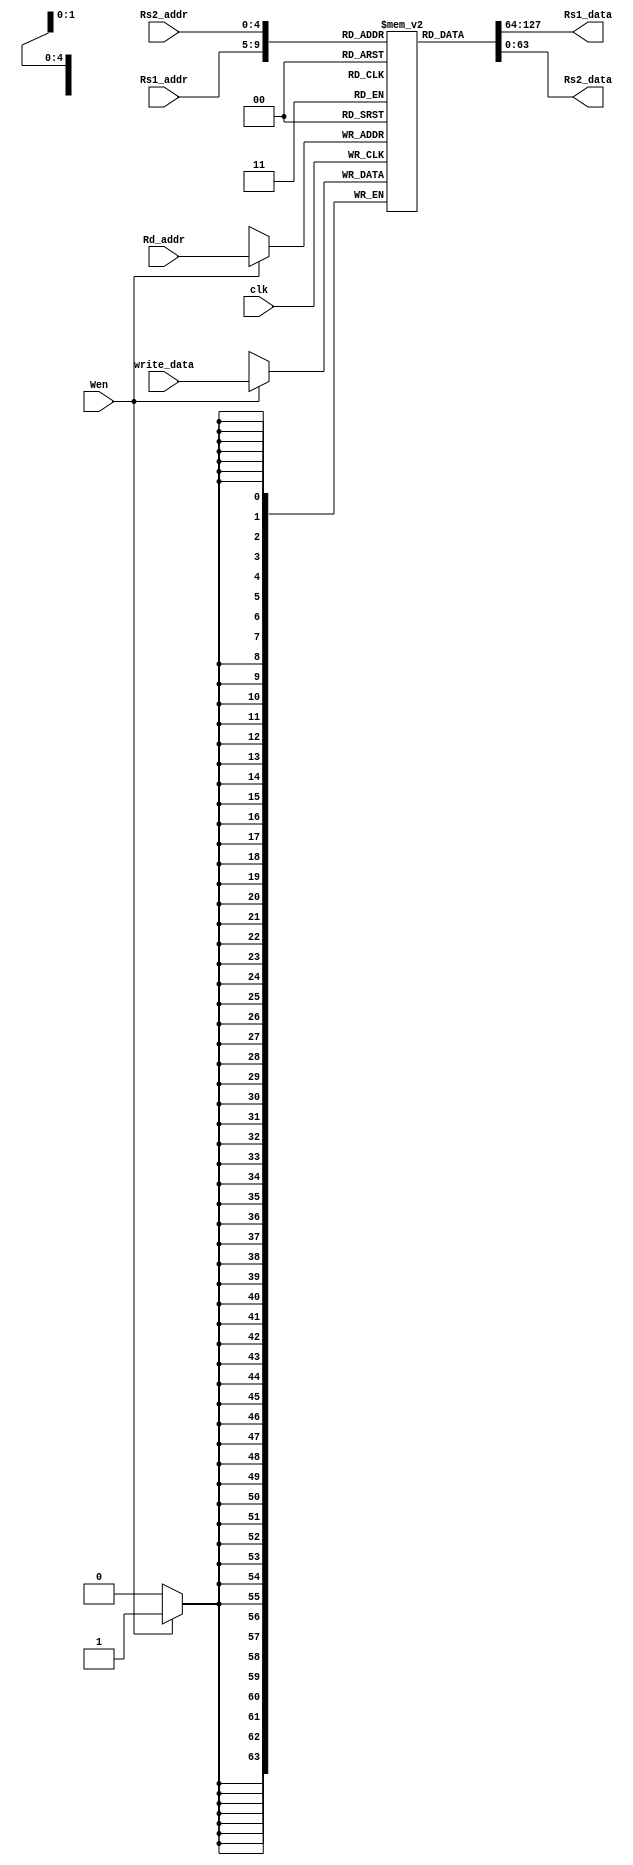
module Reg_file(input clk,Wen, 
input [4:0] Rs1_addr,Rs2_addr, Rd_addr,
input signed [63:0] write_data,
output signed [63:0] Rs1_data,Rs2_data);

reg signed[63:0] register[31:0]; //32 registers of 64-bit (2^5 where 5 is size of address bus of instruction)
integer  i;

//Initilization of Registers with zero value
//Initilization of Registers with zero value
initial begin
  //$display("Entered into intial memory loop");
  for(i=0;i<32;i++)begin
    if(i==5'b10100) begin   //Giving some value at x14(hex & 20 in decimal) for the testing purpose
      register[i] <= 64'h456701023D2;
    end
    else if(i== 5'b10101 )begin //Giving some value at x15(hex & 21 in decimal) for the testing purpose
     register[i] <= 64'h012005C2;
    end
    else if(i== 5'b01010)begin  //Giving some value at xA(hex & 10 in decimal) for the testing purpose
      register[i] <= 64'h0000000000000FFF;
    end
   else if(i== 5'b00110)begin  //Giving default value (8) at x6(hex & 10 in decimal) for the testing purpose
      register[i] <= 64'h0000000000000008;
    end
    else if(i== 5'b00111)begin  //Giving default value (4) at x7(hex & 10 in decimal) for the testing purpose
      register[i] <= 64'h0000000000000004;
    end
   else if(i== 5'b00100)begin  //Giving default value (7) at x4(hex & 10 in decimal) for the testing purpose
      register[i] <= 64'h0000000000000007;
    end
     else if(i== 5'b00011)begin  //Giving default value (3) at x3(hex & 10 in decimal) for the testing purpose
      register[i] <= 64'h0000000000000003;
    end
      else if(i== 5'b11101)begin  //Giving default value (4) at x29(hex & 10 in decimal) for the testing purpose
      register[i] = 64'h0000000000000004;
    end   
     else if(i== 5'b11100)begin  //Giving default value (2) at x28(hex & 10 in decimal) for the testing purpose
      register[i] <= 64'h0000000000000002;
    end  
      else if(i== 5'b11010)begin  //Giving default value (5) at x26(hex & 10 in decimal) for the testing purpose
      register[i] <= 64'h0000000000000005;
    end
      else if(i== 5'b11001)begin  //Giving default value (9) at x25(hex & 10 in decimal) for the testing purpose
      register[i] <= 64'h0000000000000009;
    end
/*
     else if(i== 5'b10101)begin  //Giving default value (6) at x21(hex & 10 in decimal) for the testing purpose
      register[i] = 64'h0000000000000006;
    end */
    else begin
      register[i]<=64'd0; //intializing the memory with zero values
    end
  end
end

 assign Rs1_data = register[Rs1_addr];  //gives register value for input 1 of ALU
 assign Rs2_data = register[Rs2_addr];  //gives register value for input 2 of ALiU
//Checks the Write enable bit then assigns the value to the particular register  
always @(posedge clk)begin
  if(Wen)begin
  // $display("Entered into write loop");
  register[Rd_addr] <= write_data;
  //Wen=1'b0;
//$display("Rd_addr: %h, register[Rd_addr]: %h",Rd_addr,register[Rd_addr]);
end
end
endmodule